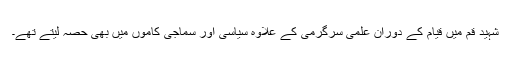
شہید قم میں قیام کے دوران علمی سرگرمی کے علاوہ سیاسی اور سماجی کاموں میں بھی حصہ لیتے تھے۔